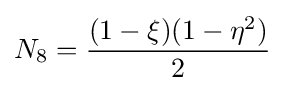
N_{8}={\frac {(1-\xi )(1-\eta ^{2})}{2}}